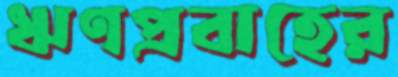
ঋণপ্রবাহের